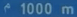
1000 m